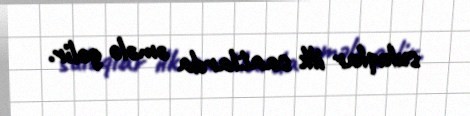
suluqlar ilk saatlarda əmələ gəlir.